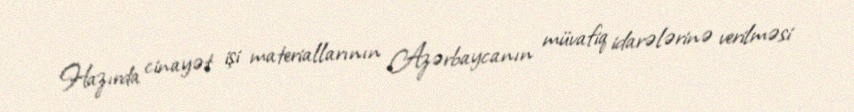
Hazırda cinayət işi materiallarının Azərbaycanın müvafiq idarələrinə verilməsi